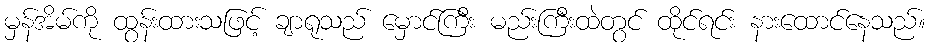
မှန်အိမ်ကို ထွန်းထားသဖြင့် ချာရုသည် မှောင်ကြီး မည်းကြီးထဲတွင် ထိုင်ရင်း နားထောင်နေသည်။